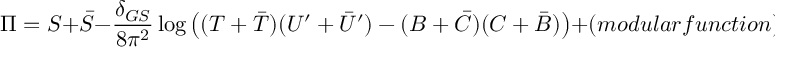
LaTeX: { \Pi } = S + { \bar { S } } - \frac { \delta _ { G S } } { 8 \pi ^ { 2 } } \log \left( ( T + { \bar { T } } ) ( U ^ { \prime } + { \bar { U } } ^ { \prime } ) - ( B + { \bar { C } } ) ( C + { \bar { B } } ) \right) + ( m o d u l a r f u n c t i o n ) .